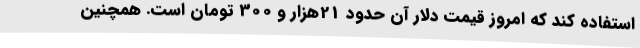
استفاده کند که امروز قیمت دلار آن حدود 21هزار و 300 تومان است. همچنین